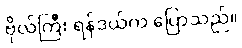
ဗိုလ်ကြီး ရန်ဒယ်က ပြောသည်။